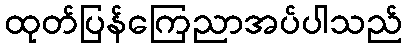
ထုတ်ပြန်ကြေညာအပ်ပါသည်